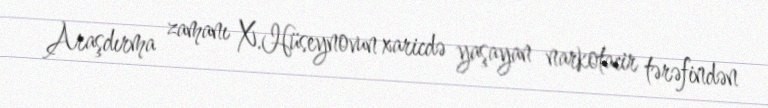
Araşdırma zamanı X.Hüseynovun xaricdə yaşayan narkotacir tərəfindən